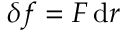
\delta f = F \, { \mathrm { d } } r